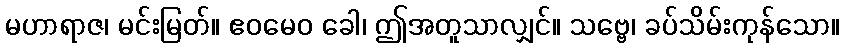
မဟာရာဇ၊ မင်းမြတ်။ ဧဝမေဝ ခေါ၊ ဤအတူသာလျှင်။ သဗ္ဗေ၊ ခပ်သိမ်းကုန်သော။